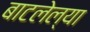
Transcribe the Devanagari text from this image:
बाटलेल्या